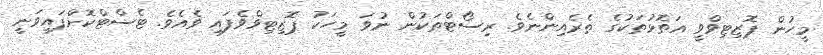
މީހުން ޕޮޒިޓިވްވީ އަތޮޅުތަކުގެ ތެރެއިންނެވެ. ރިސޯޓްތަކުން ނުވަ މީހަކު ޕޮޒިޓިވްވެފައި ވެއެެވެ. ޓެސްޓްކޮށްފައިވަނީ